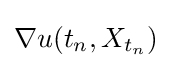
\nabla u(t_{n},X_{t_{n}})